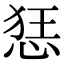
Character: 㤮